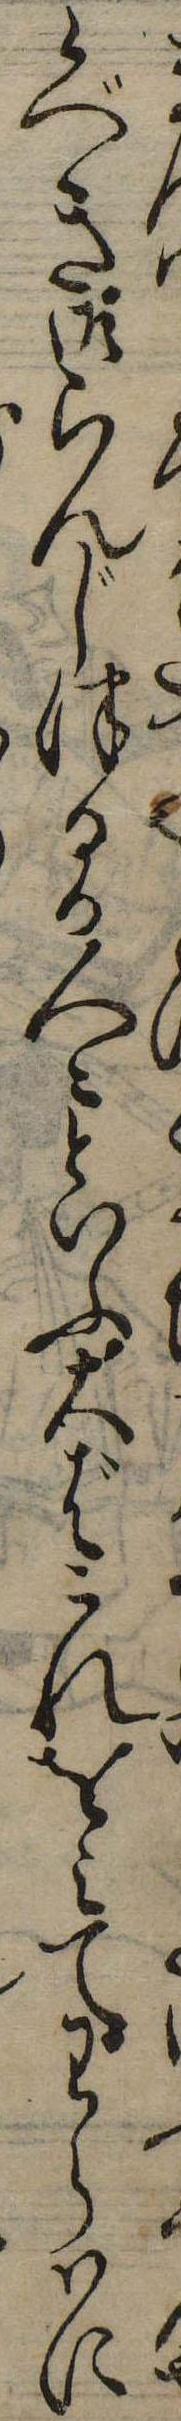
て候べき御らんじつるか人々といふ大ばこれをみてわらはに